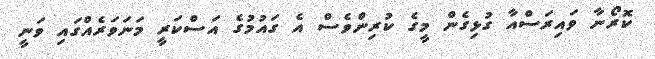
ކޮރޯނާ ވައިރަސްއާ ގުޅިގެން މީގެ ކުރިންވެސް އެ ގައުމުގެ އަސްކަރީ މަނަވަރެއްގައި ވަނީ